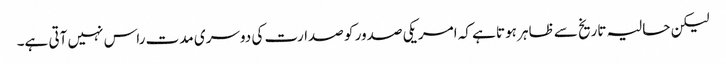
لیکن حالیہ تاریخ سے ظاہر ہوتا ہے کہ امریکی صدور کو صدارت کی دوسری مدت راس نہیں آتی ہے۔